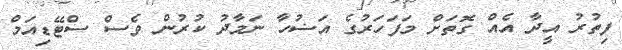
ފިތުރު އީދާ އެއް ގޮތަށް މަފަހަރުގެ އަޟުހާ ނަމާދު ކުރުން ވެސް ސްޓޭޑިއަމް